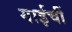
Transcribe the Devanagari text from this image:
गाईचीं